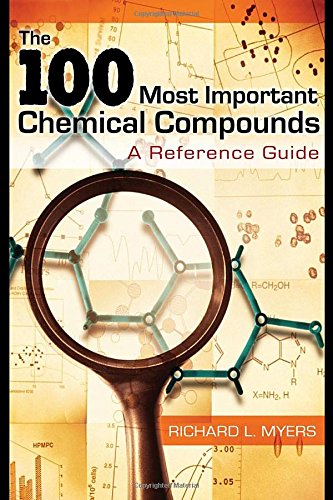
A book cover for The 100 Most Important Chemical Compounds: A Reference Guide; Richard L. Myers; Science & Math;